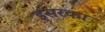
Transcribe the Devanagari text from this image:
इसरका